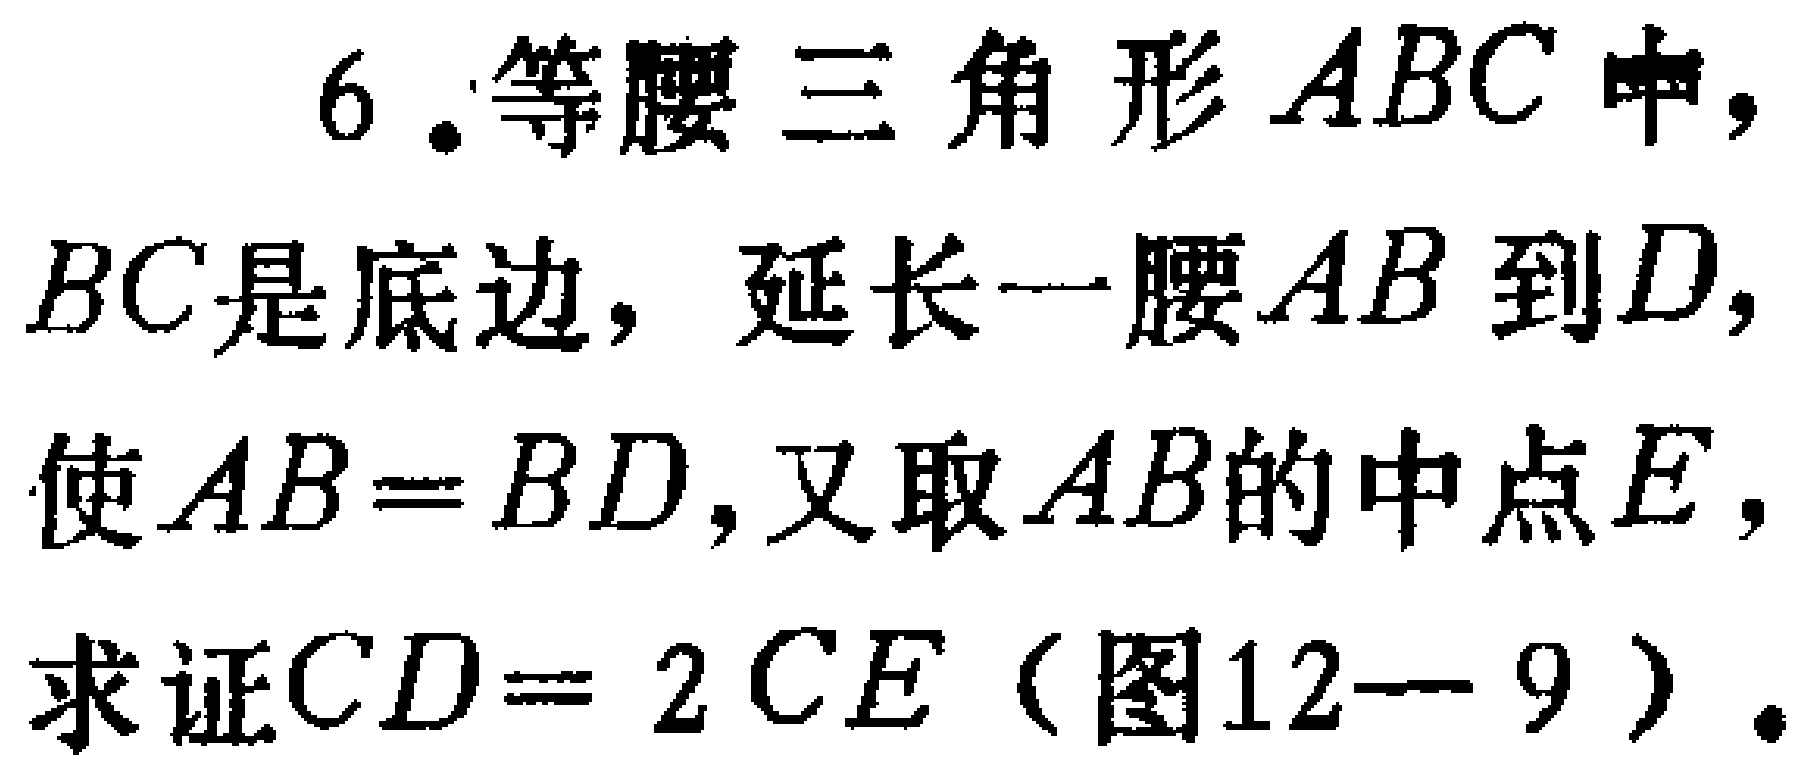
6.等腰三角形\(ABC\)中，\(BC\)是底边，延长一腰\(AB\)到\(D\)，使\(AB = BD\)，又取\(AB\)的中点\(E\)，求证\(CD = 2CE\)（图12—9）。